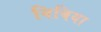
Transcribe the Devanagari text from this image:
विबिया